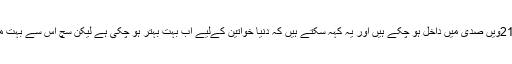
اگرچہ ہم 21ویں صدی میں داخل ہو چکے ہیں اور یہ کہہ سکتے ہیں کہ دنیا خواتین کےلیے اب بہت بہتر ہو چکی ہے لیکن سچ اس سے بہت مختلف ہے۔